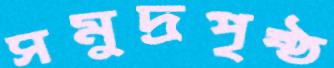
সমুদ্রপৃষ্ঠ